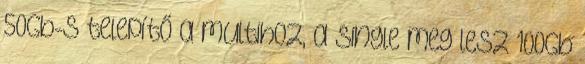
50Gb-s telepítő a multihoz, a single meg lesz 100Gb